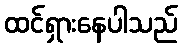
ထင်ရှားနေပါသည်